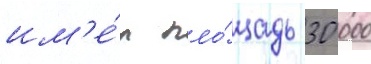
им'е́л пло́щадь 30 000